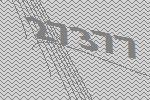
27377